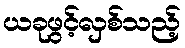
ယခုဖွင့်လှစ်သည့်